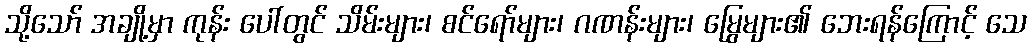
သို့သော် အချို့မှာ ကုန်း ပေါ်တွင် သိမ်းများ၊ စင်ရော်များ၊ ဂဏန်းများ၊ မြွေများ၏ ဘေးရန်ကြောင့် သေ